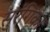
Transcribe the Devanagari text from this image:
सुरंगिका